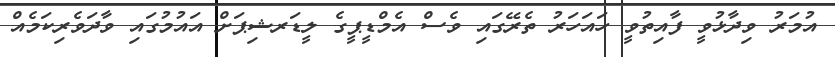
އުމަރު ވިދާޅުވީ ފާއިތުވީ ހައަހަރު ތެރޭގައި ވެސް އެމްޑީޕީގެ ލީޑަރޝިޕަށް އައުމުގައި ވާދަވެރިކަމެއް